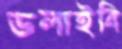
ডলাইবি